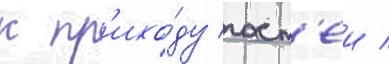
к пр'ихо́ду гост'еи /